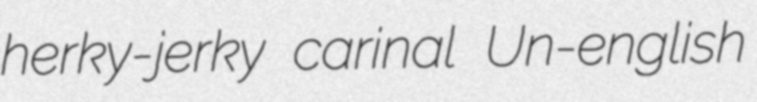
herky-jerky carinal Un-english